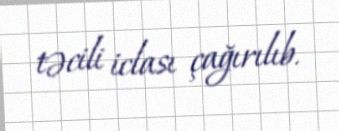
təcili iclası çağırılıb.